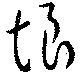
垠